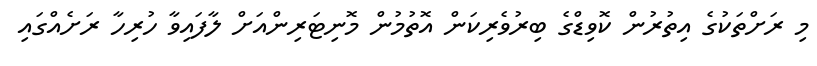
މި ރަށްތަކުގެ އިތުރުން ކޮވިޑްގެ ބިރުވެރިކަން އޮތުމުން މޮނިޓަރިންއަށް ލާފައިވާ ހުރިހާ ރަށެއްގައި